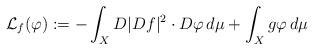
LaTeX: \begin{align*}{\mathcal L}_f(\varphi):= -\int_X D |Df|^2\cdot D\varphi \, d\mu +\int_X g \varphi \,d\mu\end{align*}